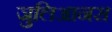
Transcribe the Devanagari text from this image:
जुलिआनस